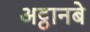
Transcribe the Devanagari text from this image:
अट्ठानबे